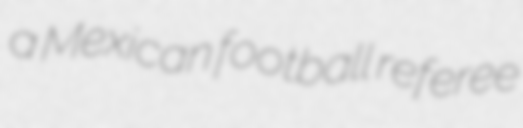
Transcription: a Mexican football referee